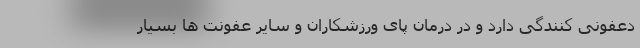
دعفونی کنندگی دارد و در درمان پای ورزشکاران و سایر عفونت ها بسیار